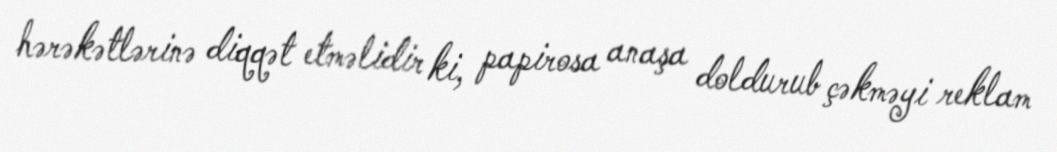
hərəkətlərinə diqqət etməlidir ki, papirosa anaşa doldurub çəkməyi reklam